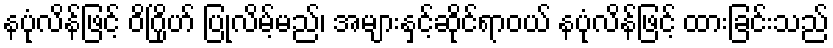
နပုံလိန်ဖြင့် ဝိဂြိုဟ် ပြုလိမ့်မည်၊ အများနှင့်ဆိုင်ရာဝယ် နပုံလိန်ဖြင့် ထားခြင်းသည်